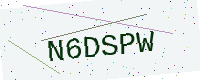
Text: N6DSPW